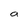
Character: a